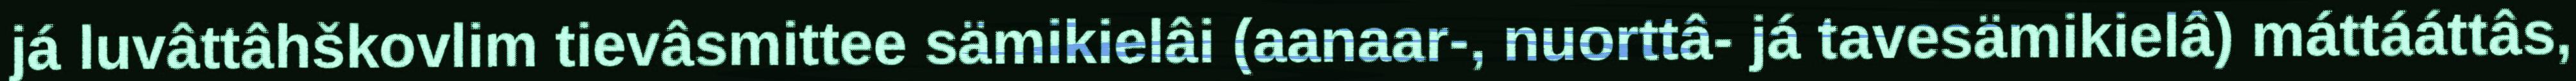
já luvâttâhškovlim tievâsmittee sämikielâi (aanaar-, nuorttâ- já tavesämikielâ) máttááttâs,